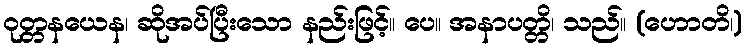
ဝုတ္တနယေန၊ ဆိုအပ်ပြီးသော နည်းဖြင့်။ ပေ။ အနာပတ္တိ၊ သည်။ (ဟောတိ၊)